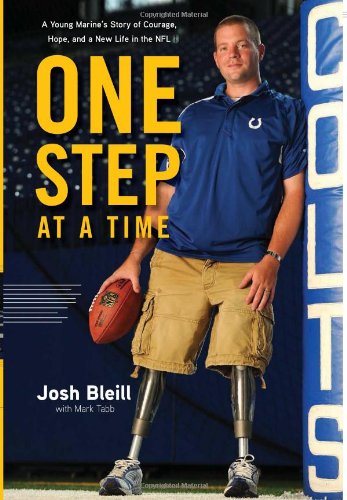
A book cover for One Step at a Time: A Young Marine's Story of Courage, Hope and a New Life in the NFL; Josh Bleill; Travel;